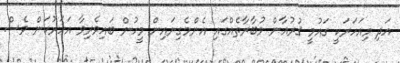
އަދި މިއަހަރަކީ ގައުމީ ޤުރުއާން މުބާރާތެއްގައި އެންމެގިނައިން މީހުން ބައިވެރިވާ އަހަރުކަން ވެސް